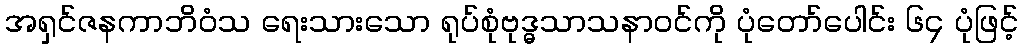
အရှင်ဇနကာဘိဝံသ ရေးသားသော ရုပ်စုံဗုဒ္ဓသာသနာဝင်ကို ပုံတော်ပေါင်း ၆၄ ပုံဖြင့်